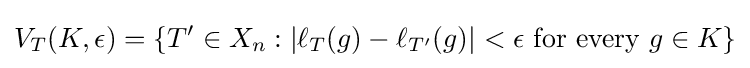
V_{T}(K,\epsilon )=\{T'\in X_{n}:|\ell _{T}(g)-\ell _{T'}(g)|<\epsilon {\text{ for every }}g\in K\}